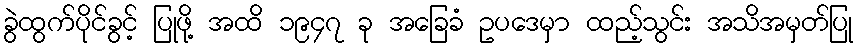
ခွဲထွက်ပိုင်ခွင့် ပြုဖို့ အထိ ၁၉၄၇ ခု အခြေခံ ဥပဒေမှာ ထည့်သွင်း အသိအမှတ်ပြု